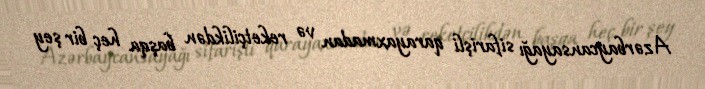
Azərbaycansayağı sifarişli qarayaxmadan və reketçilikdən başqa heç bir şey